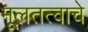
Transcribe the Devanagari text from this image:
मूलतत्वाचे